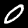
Digit: 0